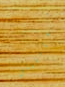
تعامليني